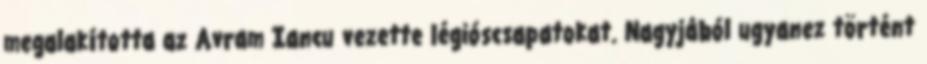
megalakította az Avram Iancu vezette légióscsapatokat. Nagyjából ugyanez történt